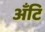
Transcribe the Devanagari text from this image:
अँटि